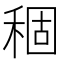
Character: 稒